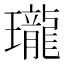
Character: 瓏